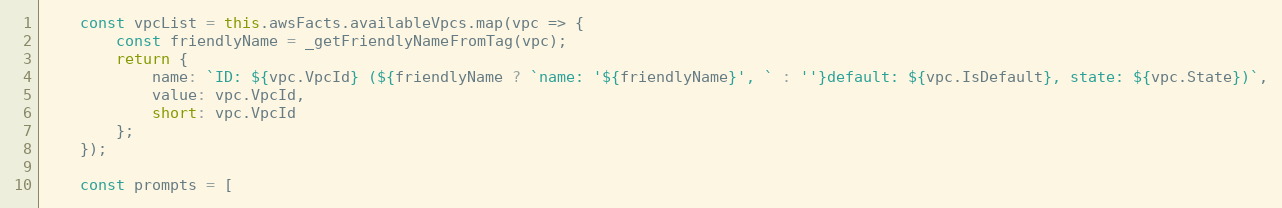
Language: JavaScript
    const vpcList = this.awsFacts.availableVpcs.map(vpc => {
        const friendlyName = _getFriendlyNameFromTag(vpc);
        return {
            name: `ID: ${vpc.VpcId} (${friendlyName ? `name: '${friendlyName}', ` : ''}default: ${vpc.IsDefault}, state: ${vpc.State})`,
            value: vpc.VpcId,
            short: vpc.VpcId
        };
    });

    const prompts = [